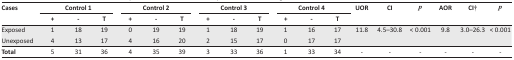
<table><thead><tr><td rowspan="2"><b>Cases</b></td><td colspan="3"><b>Control 1</b></td><td colspan="3"><b>Control 2</b></td><td colspan="3"><b>Control 3</b></td><td colspan="3"><b>Control 4</b></td><td rowspan="2"><b>UOR</b></td><td rowspan="2"><b>CI</b></td><td rowspan="2"><b><i>p</i></b></td><td rowspan="2"><b>AOR</b></td><td rowspan="2"><b>CI†</b></td><td rowspan="2"><b><i>p</i></b></td></tr><tr><td><b>+</b></td><td><b>-</b></td><td><b>T</b></td><td><b>+</b></td><td><b>-</b></td><td><b>T</b></td><td><b>+</b></td><td><b>-</b></td><td><b>T</b></td><td><b>+</b></td><td><b>-</b></td><td><b>T</b></td></tr></thead><tbody><tr><td>Exposed</td><td>1</td><td>18</td><td>19</td><td>0</td><td>19</td><td>19</td><td>1</td><td>18</td><td>19</td><td>1</td><td>16</td><td>17</td><td rowspan="2">11.8</td><td rowspan="2">4.5–30.8</td><td rowspan="2">&lt; 0.001</td><td rowspan="2">9.8</td><td rowspan="2">3.0–26.3</td><td rowspan="2">&lt; 0.001</td></tr><tr><td>Unexposed</td><td>4</td><td>13</td><td>17</td><td>4</td><td>16</td><td>20</td><td>2</td><td>15</td><td>17</td><td>0</td><td>17</td><td>17</td></tr><tr><td><b>Total</b></td><td>5</td><td>31</td><td>36</td><td>4</td><td>35</td><td>39</td><td>3</td><td>33</td><td>36</td><td>1</td><td>33</td><td>34</td><td>-</td><td>-</td><td>-</td><td>-</td><td>-</td><td>-</td></tr></tbody></table>